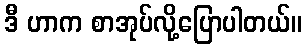
ဒီ ဟာက စာအုပ်လို့ပြောပါတယ်။